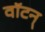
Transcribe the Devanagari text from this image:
वॉटन्